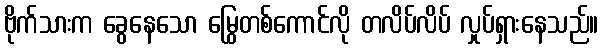
ဗိုက်သားက ခွေနေသော မြွေတစ်ကောင်လို တလိပ်လိပ် လှုပ်ရှားနေသည်။